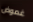
غموض